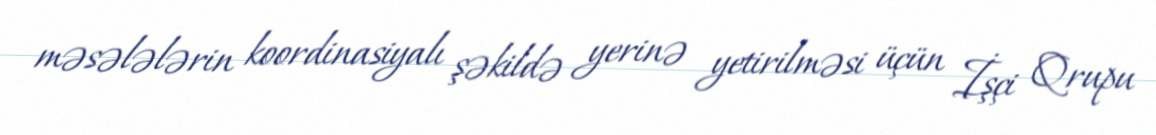
məsələlərin koordinasiyalı şəkildə yerinə yetirilməsi üçün İşçi Qrupu